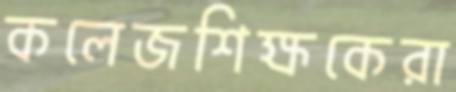
কলেজশিক্ষকেরা